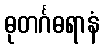
ဓုတင်္ဂဓရာနံ